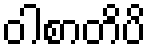
ဝါစာတိပိ